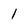
Character: 1